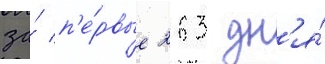
за́ п'е́рвые 263 дн'я́